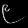
Digit: ၉